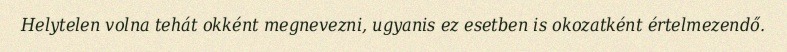
Helytelen volna tehát okként megnevezni, ugyanis ez esetben is okozatként értelmezendő.